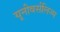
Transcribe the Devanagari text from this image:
यूनीवर्सलिज्म